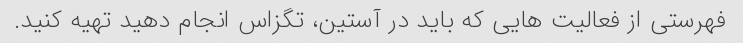
فهرستی از فعالیت هایی که باید در آستین، تگزاس انجام دهید تهیه کنید.